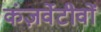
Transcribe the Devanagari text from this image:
कंज़र्वेटीवों